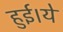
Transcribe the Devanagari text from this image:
हुई।ये